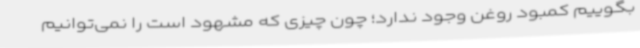
بگوییم کمبود روغن وجود ندارد؛ چون چیزی که مشهود است را نمی‌توانیم